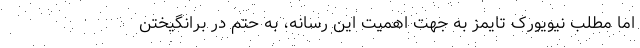
اما مطلب نیویورک تایمز به جهت اهمیت این رسانه، به حتم در برانگیختن